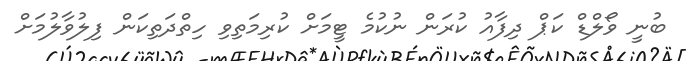
ބުނީ ވޯލްޑް ކަޕް ދިފާއު ކުރަން ނުކުމެ ޓީމަށް ކުރިމަތިވި ހިތްދަތިކަން ފިލުވާލުމަށް